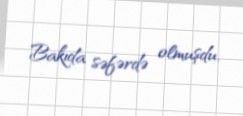
Bakıda səfərdə olmuşdu.